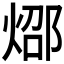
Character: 𰞸